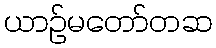
ယာဉ်မတော်တဆ